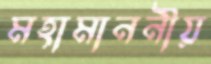
মহামাননীয়